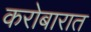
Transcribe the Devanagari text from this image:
करोबारात